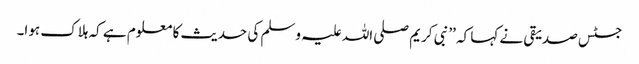
جسٹس صدیقی نے کہا کہ ’’نبی کریم صلی اللہ علیہ وسلم کی حدیث کا معلوم ہے کہ ہلاک ہوا۔